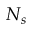
N _ { s }